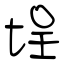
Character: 埕